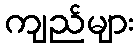
ကျည်များ